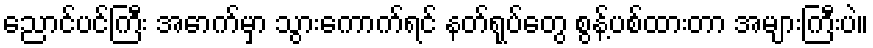
ညောင်ပင်ကြီး အောက်မှာ သွားကောက်ရင် နတ်ရုပ်တွေ စွန့်ပစ်ထားတာ အများကြီးပဲ။